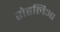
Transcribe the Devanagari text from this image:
रोहलिआ